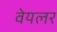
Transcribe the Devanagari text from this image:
वेयलर